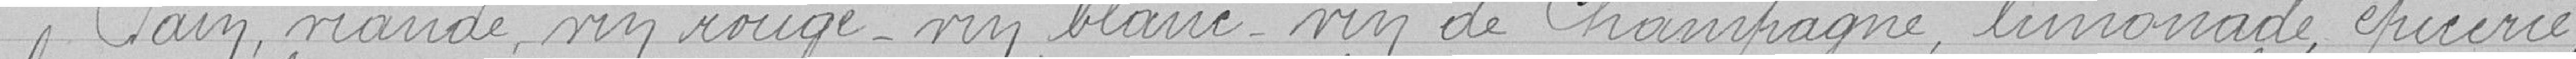
Pain, viande, vin rouge- vin blanc- vin de Champagne, limonade, épicerie,